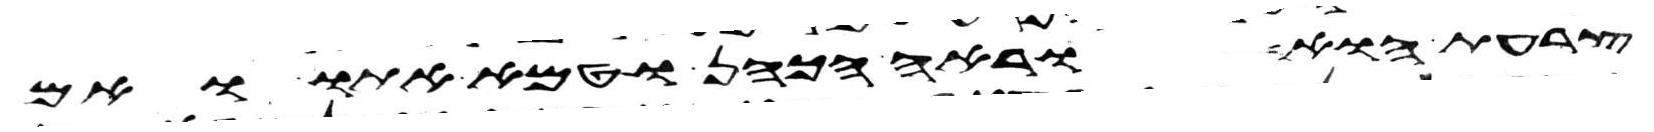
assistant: צרעת הוא וראה הכהן וטמא אתו ואם